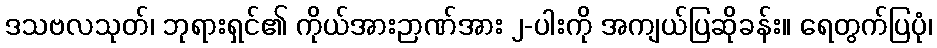
ဒသဗလသုတ်၊ ဘုရားရှင်၏ ကိုယ်အားဉာဏ်အား ၂-ပါးကို အကျယ်ပြဆိုခန်း။ ရေတွက်ပြပုံ၊